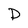
Character: D